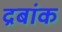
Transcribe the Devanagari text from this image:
द्रबांक